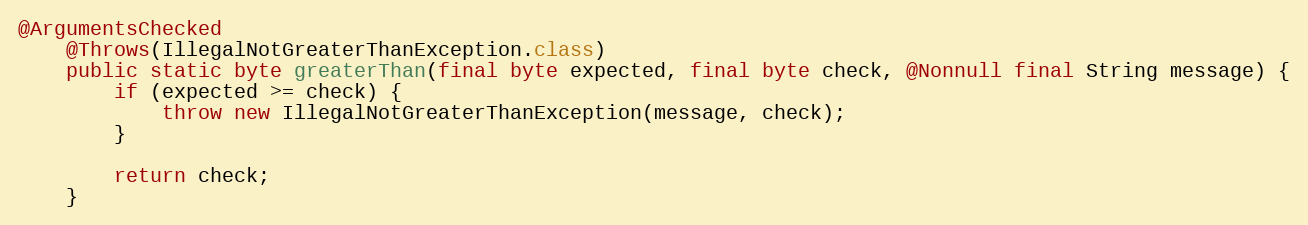
Language: Java
@ArgumentsChecked
	@Throws(IllegalNotGreaterThanException.class)
	public static byte greaterThan(final byte expected, final byte check, @Nonnull final String message) {
		if (expected >= check) {
			throw new IllegalNotGreaterThanException(message, check);
		}

		return check;
	}